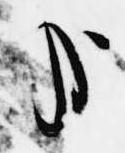
哉